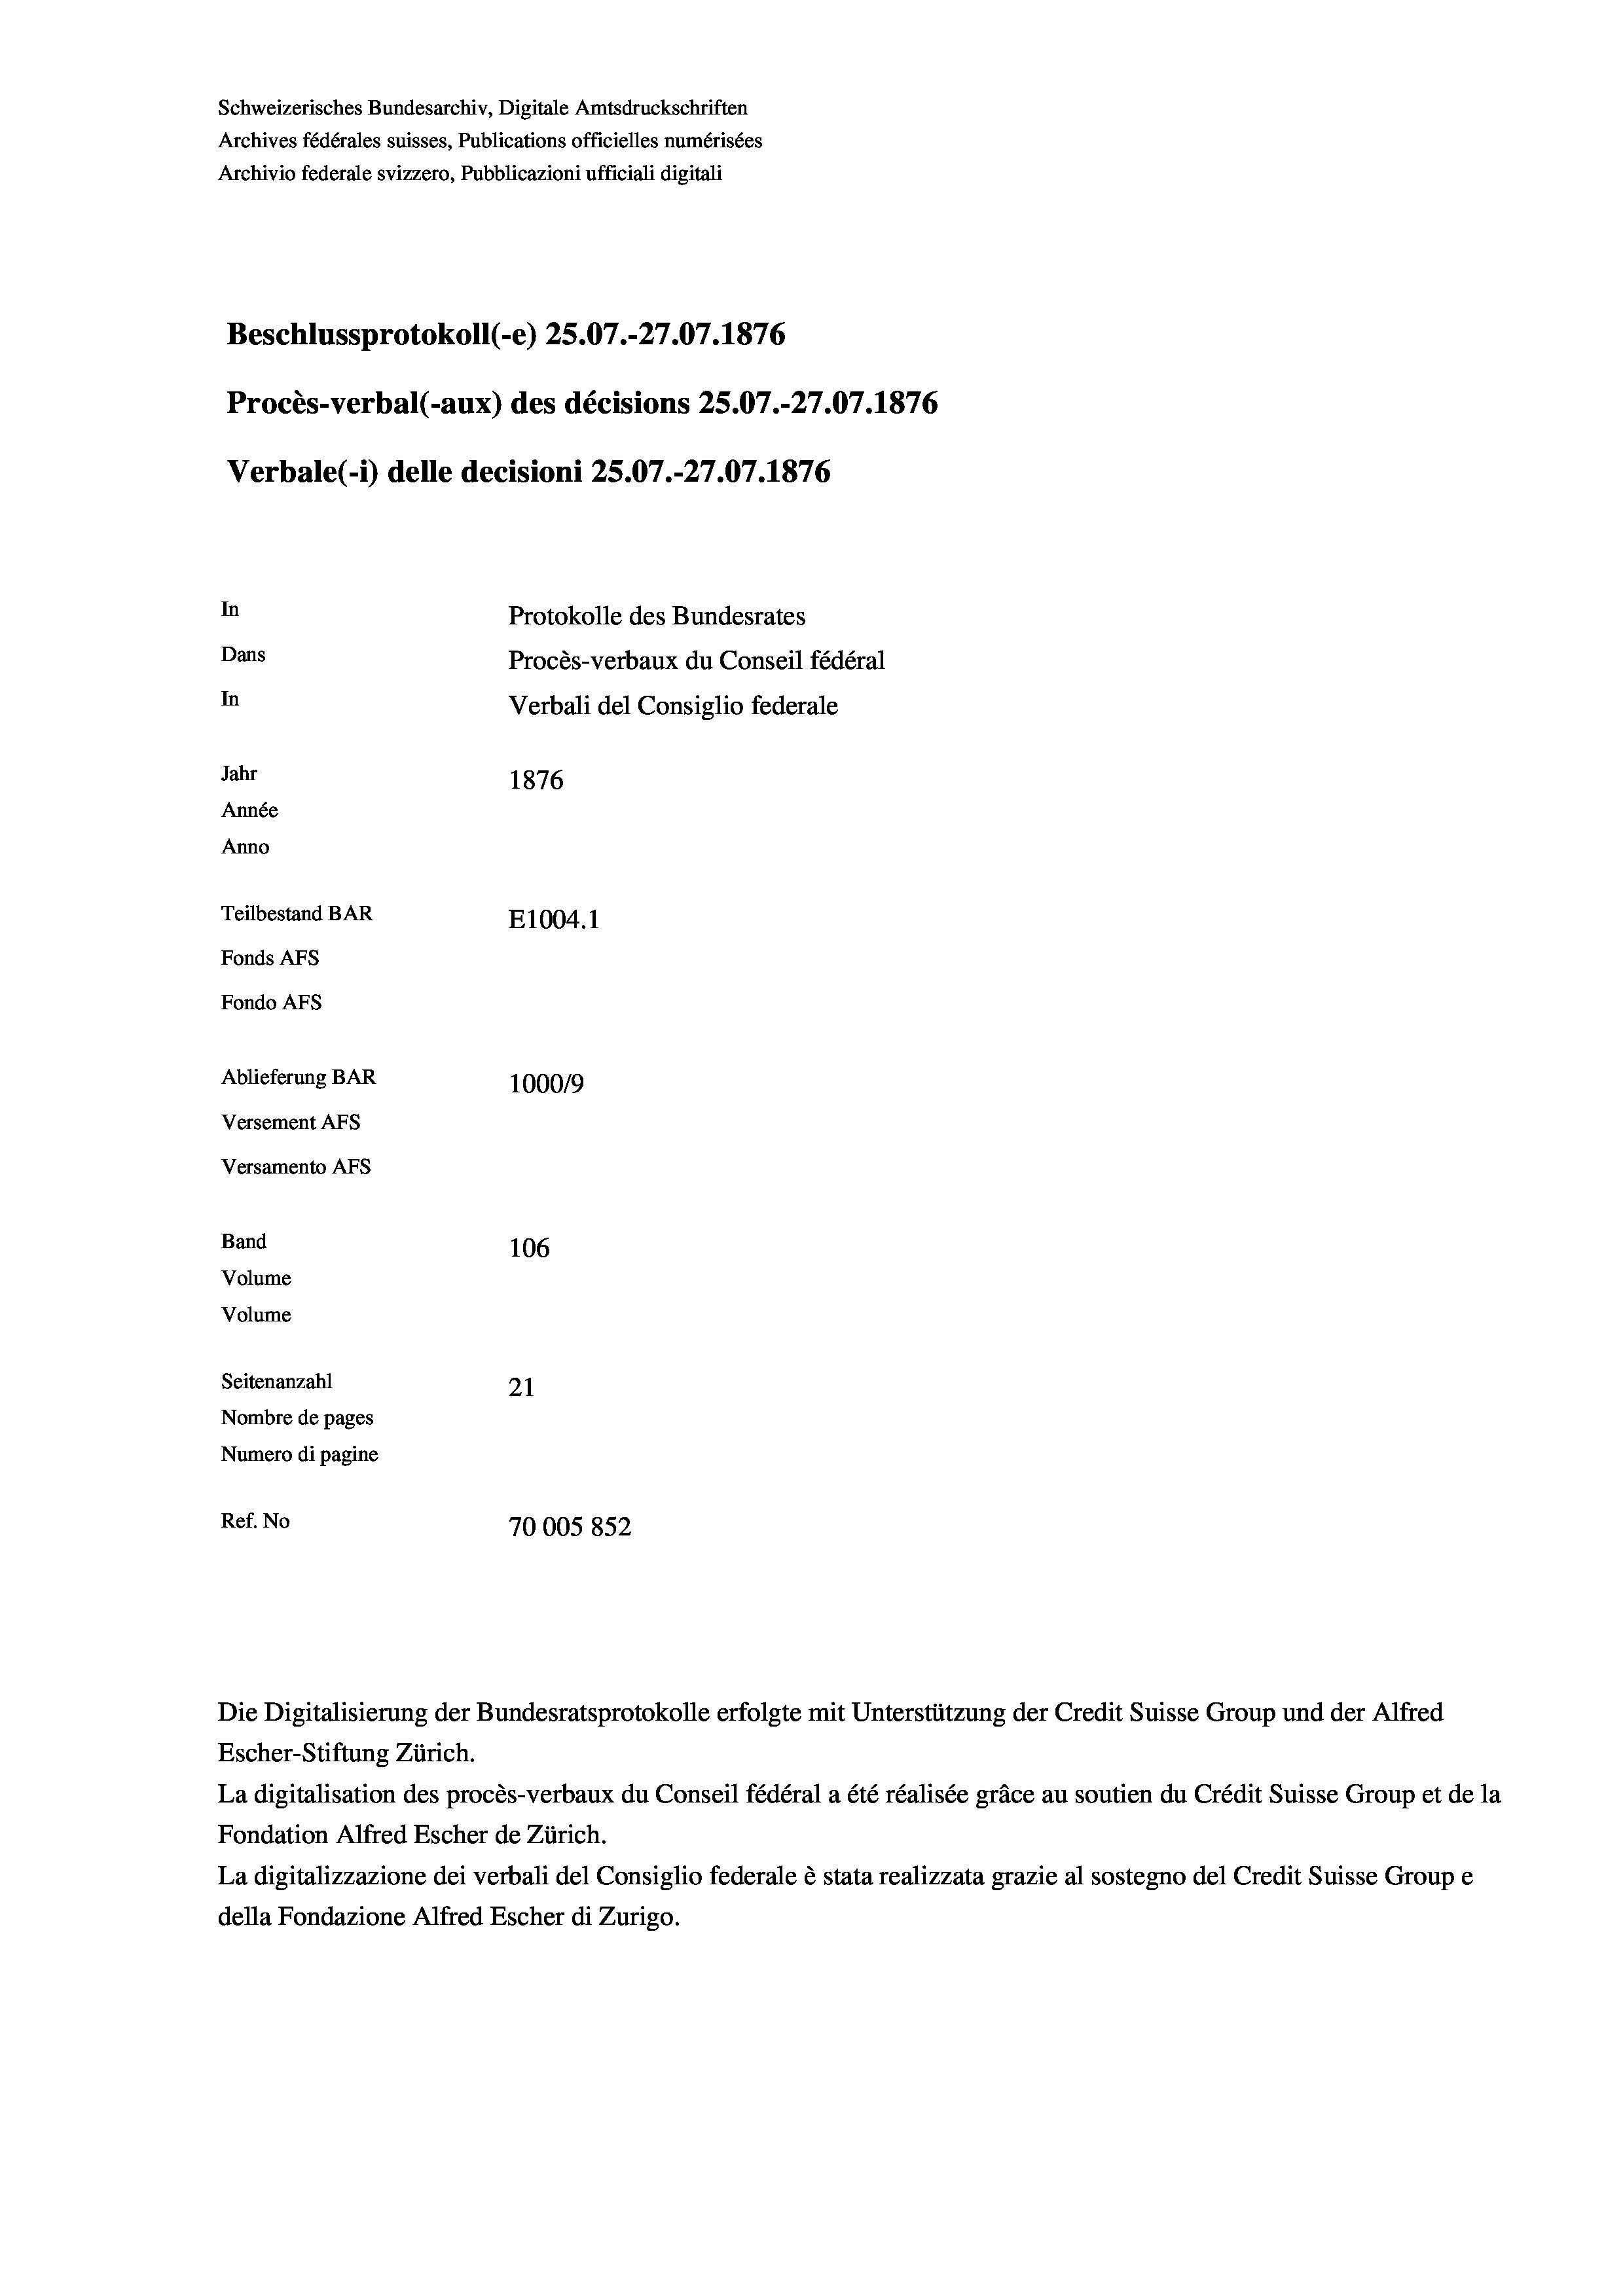
Schweizerisches Bundesarchiv, Digitale Amtsdruckschriften
Archives fédérales suisses, Publications officielles numérisées
Archivio federale svizzero, Pubblicazioni ufficiali digitali
Beschlussprotokoll (-e) 25.07.-27.07. 1876
Procès-verbal (-aux) des décisions 25.07.-27.07. 1876
Verbale (- 1) delle decisioni 25.07.-27.07. 1876
In
Protokolle des Bundesrates
Dans
Procès-verbaux du Conseil fédéral
In
Verbali del Consiglio federale
Jahr
1876
Année
Anno
Teilbestand BAR
E1004. 1
Fonds AFs
Fondo Afs
Ablieferung BAR
100019
Versement AFs

106
Seitenanzahl
21
Nombre de pages
Numero di pagine
Ref. No
70005852

Volume

Versamento AFs
Band
Volume

Die Digitalisierung der Bundesratsprotokolle erfolgte mit Unterstützung der Credit Suisse Group und der Alfred
Escher-Stiftung Zürich.
La digitalisation des procès-verbaux du Conseil fédéral a été réalisée gräce au soutien du Crédit Suisse Group et de la
Fondation Alfred Escher de Zürich.
La digitalizzazione dei verbali del Consiglio federale è stata realizzata grazie al sostegno del Credit Suisse Groupe
della Fondazione Alfred Escher di Zurigo.